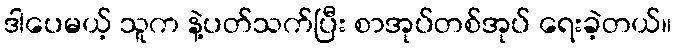
ဒါပေမယ့် သူက နဲ့ပတ်သက်ပြီး စာအုပ်တစ်အုပ် ရေးခဲ့တယ်။